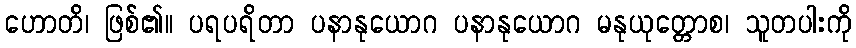
ဟောတိ၊ ဖြစ်၏။ ပရပရိတာ ပနာနုယောဂ ပနာနုယောဂ မနုယုတ္တောစ၊ သူတပါးကို